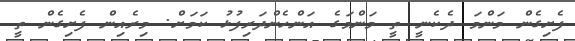
ފެށިގެން މަންމަ ދެކެނީ ތީ މަންމަގެ އަންހެންދަރިފުޅު ކަމަށް. މިރެއިން ފެށިގެން ތީ